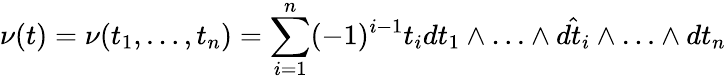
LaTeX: \nu(t)=\nu(t_{1},\ldots,t_{n})=\sum_{i=1}^{n}(-1)^{i-1}t_{i}dt_{1}\wedge\ldots\wedge\hat{dt_{i}}\wedge\ldots\wedge dt_{n}